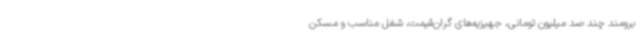
برومند چند صد میلیون تومانی، جهیزیه‌های گران‌قیمت، شغل مناسب و مسکن